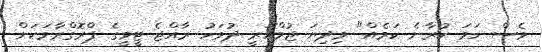
ވެސް ހަމަ ކުރާނެ ކަމެއް" މިދިޔަ ޖުމްހޫރީ ދުވަހު ރާއްޖެ ޓީވީގެ ޕްރޮގްރާމަކަށް